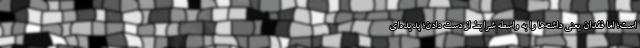
است؛ اما فقدان یعنی داشته‌ها را به واسطه شرایط از دست دادن؛ پدیده‌ای